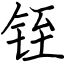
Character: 铚